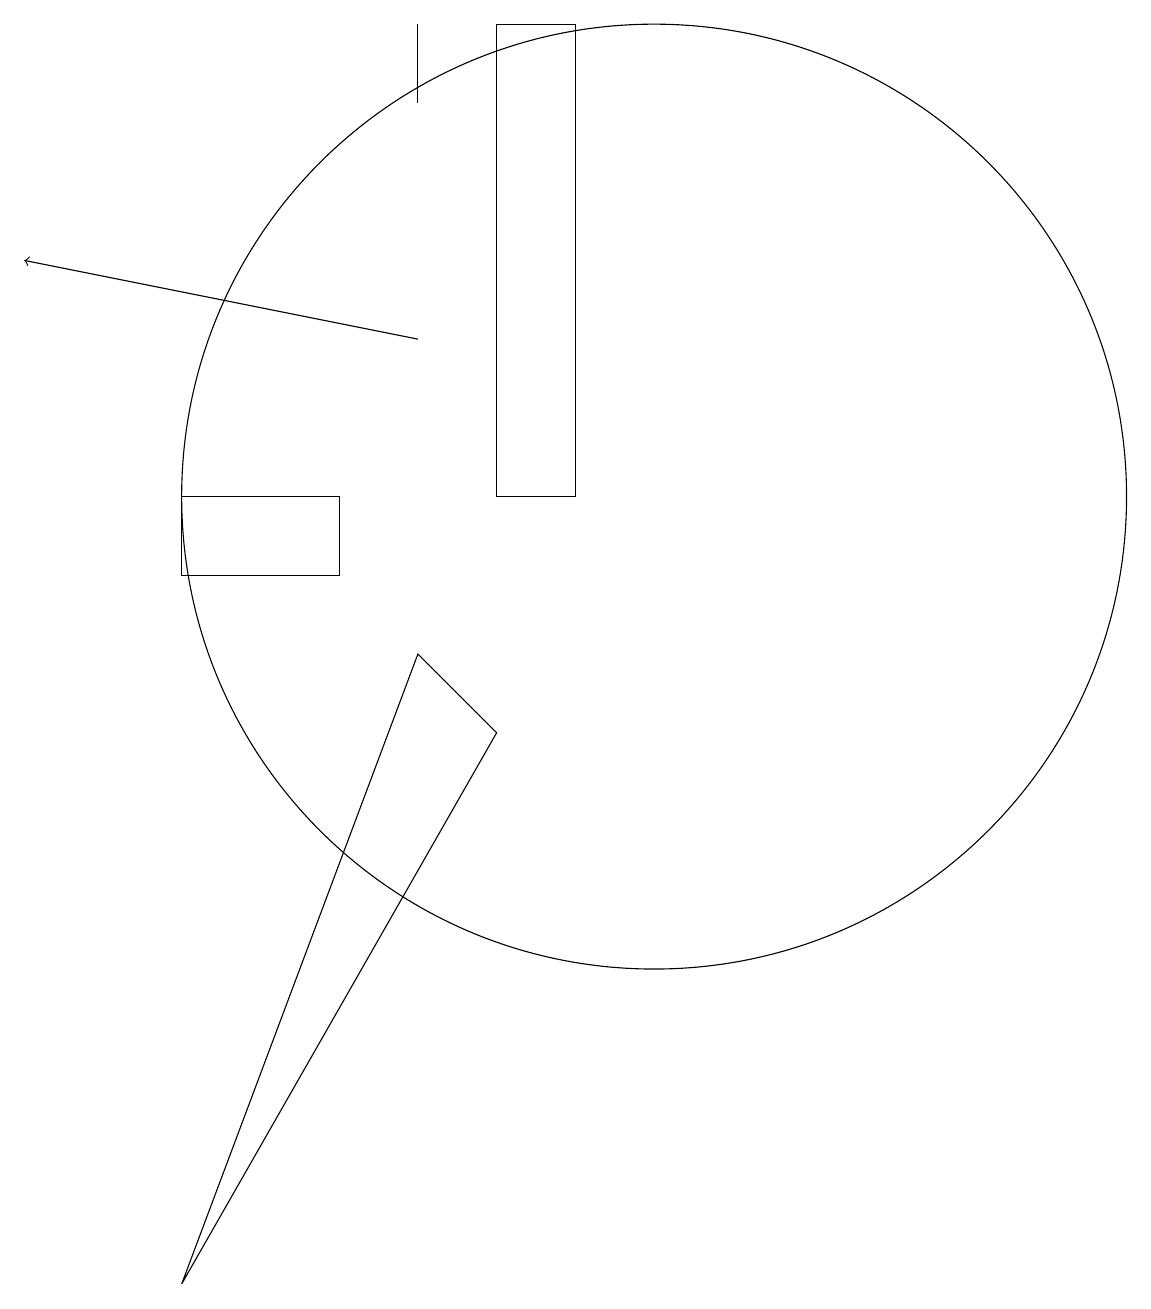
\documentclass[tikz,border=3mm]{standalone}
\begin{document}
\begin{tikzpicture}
\draw (7,9) -- (8,8) -- (4,1) -- cycle;
\draw (4,11) rectangle (6,10);
\draw (10,11) circle (6);
\draw[->] (7,13) -- (2,14);
\draw (7,17) rectangle (7,16);
\draw (8,17) rectangle (9,11);
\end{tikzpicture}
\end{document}